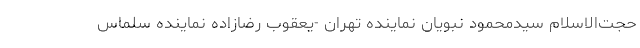
حجت‌الاسلام سیدمحمود نبویان نماینده تهران -یعقوب رضازاده نماینده سلماس